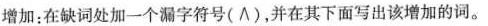
增加：在缺词处加一个漏字符号(∧)，并在其下面写出该增加的词.。